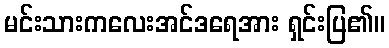
မင်းသားကလေးအင်ဒရေအား ရှင်းပြ၏။